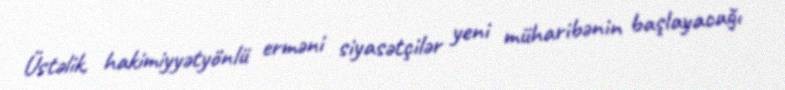
Üstəlik, hakimiyyətyönlü erməni siyasətçilər yeni müharibənin başlayacağı